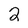
Character: 2